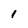
Character: 1